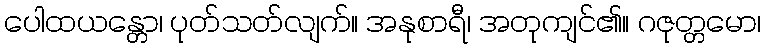
ပေါထယန္တော၊ ပုတ်သတ်လျက်။ အနုစာရီ၊ အတုကျင်၏။ ဂဇုတ္တမော၊